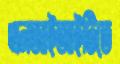
এনআইআইটিতে